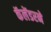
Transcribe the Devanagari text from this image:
कॅलेंडरने